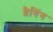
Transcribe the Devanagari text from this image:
ब्रैगिंग